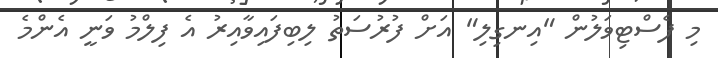
މި ފެސްޓިވަލުން "އިނގިލި" އަށް ފުރުސަތު ލިބިފައިވާއިރު އެ ފިލްމު ވަނީ އެންމެ